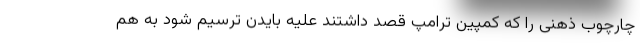
چارچوب ذهنی را که کمپین ترامپ قصد داشتند علیه بایدن ترسیم شود به هم